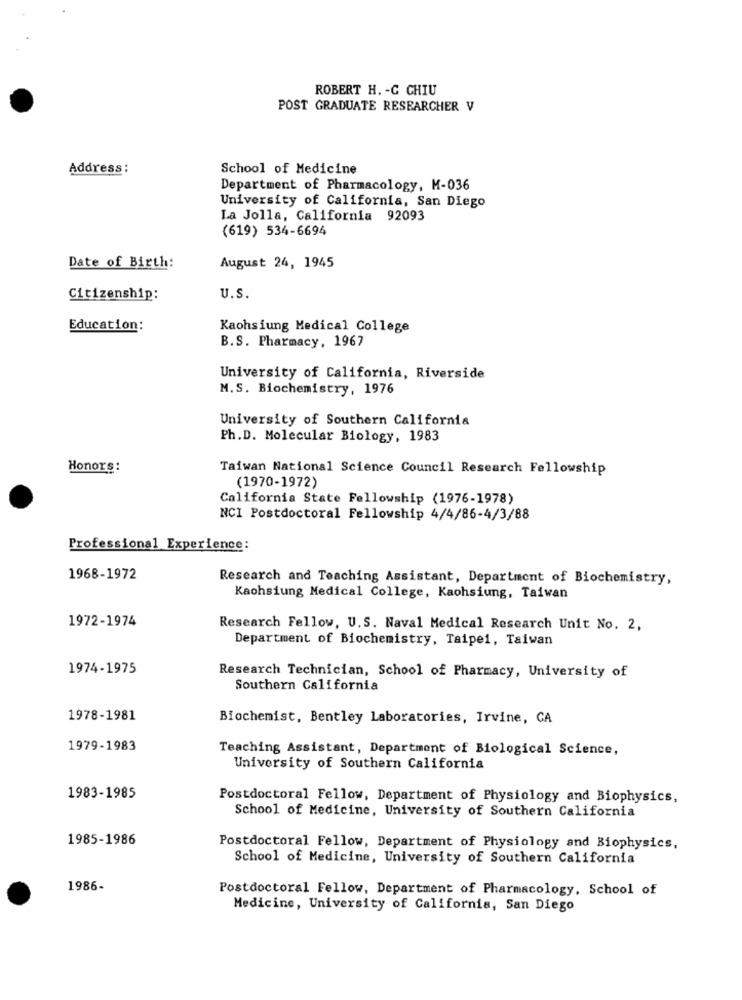
ROBERT H. - C CHIU
POST GRADUATE RESEARCHER V
Address :
School of Medicine
Department of Pharmacology, M-036
University of California, San Diego
La Jolla, California 92093
(619) 534-6694
Date of Birth:
August 24, 1945
Citizenship:
U.S.
Education:
Kaohsiung Medical College
B.S. Pharmacy, 1967
University of California, Riverside
M. S. Biochemistry, 1976
University of Southern California
Ph. D. Molecular Biology, 1983
Honors :
Taiwan National Science Council Research Fellowship
(1970-1972)
California State Fellowship (1976-1978)
NCI Postdoctoral Fellowship 4/4/86-4/3/88
Professional Experience:
1968-1972
Research and Teaching Assistant, Department of Biochemistry,
Kaohsiung Medical College, Kaohsiung, Taiwan
1972-1974
Research Fellow, U.S. Naval Medical Research Unit No. 2,
Department of Biochemistry, Taipei, Taiwan
1974-1975
Research Technician, School of Pharmacy, University of
Southern California
1978-1981
Biochemist, Bentley Laboratories, Irvine, CA
1979-1983
Teaching Assistant, Department of Biological Science,
University of Southern California
1983-1985
Postdoctoral Fellow, Department of Physiology and Biophysics,
School of Medicine, University of Southern California
1985-1986
Postdoctoral Fellow, Department of Physiology and Biophysics,
School of Medicine, University of Southern California
1986-
Postdoctoral Fellow, Department of Pharmacology, School of
Medicine, University of California, San Diego